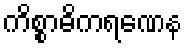
ကိစ္စာဓိကရဏေန